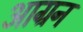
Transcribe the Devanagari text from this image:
आग्रन